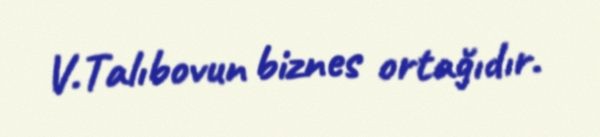
V.Talıbovun biznes ortağıdır.